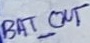
Text: BAT_OUT